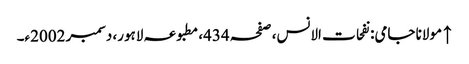
↑ مولانا جامی: نفحات الانس، صفحہ 434، مطبوعہ لاہور، دسمبر 2002ء۔